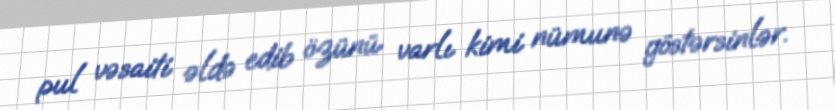
pul vəsaiti əldə edib özünü varlı kimi nümunə göstərsinlər.